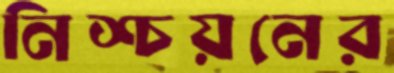
নিশ্চয়নের